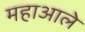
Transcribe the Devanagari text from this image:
महाआले